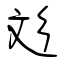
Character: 彣